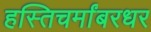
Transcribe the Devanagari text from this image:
हस्तिचर्मांबरधर